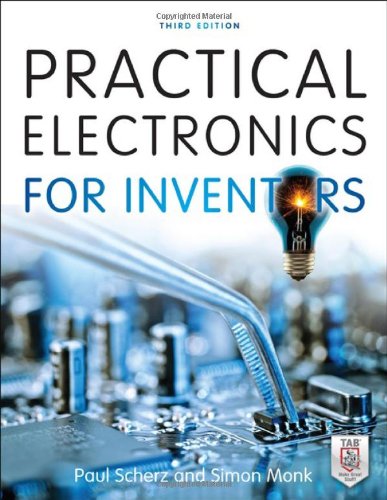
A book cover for Practical Electronics for Inventors, Third Edition; Paul Scherz; Engineering & Transportation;